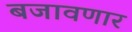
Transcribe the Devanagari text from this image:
बजावणार